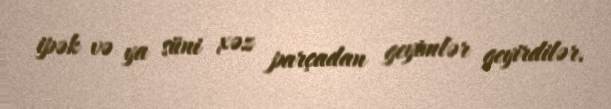
ipək və ya süni xəz parçadan geyimlər geyirdilər.